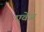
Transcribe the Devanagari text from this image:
एवेंज